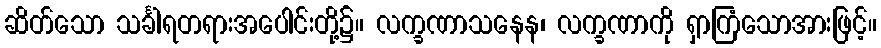
ဆိတ်သော သင်္ခါရတရားအပေါင်းတို့၌။ လက္ခဏာသနေန၊ လက္ခဏာကို ရှာကြံသောအားဖြင့်။